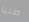
طلبا